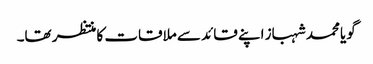
گویا محمد شہباز اپنے قائد سے ملاقات کا منتظر تھا۔